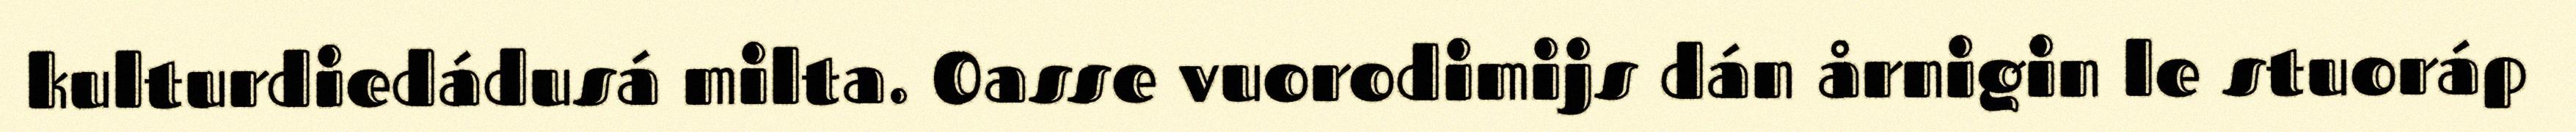
kulturdiedádusá milta. Oasse vuorodimijs dán årnigin le stuoráp